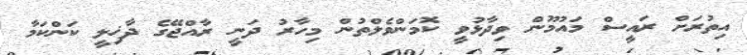
އިތުރަށް ރައީސް މައުމޫން ވިދާޅުވީ ކޮމަންވެލްތުން މިހާރު ދަނީ ރާއްޖޭގެ ދާޚިލީ ކަންކަމާ